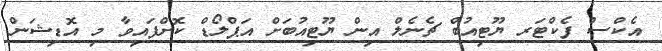
އެކްސް ފެކްޓަރ ޔޫޓިއުބް ޗެނެލް އިން ޔޫޓިއުބަށް އަޕްލޯޑް ކޮށްފައިވާ މި އޮޑިޝަން